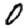
Digit: 0